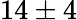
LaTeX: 14\pm 4